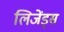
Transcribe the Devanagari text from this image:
लिजेंड्स